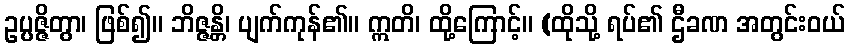
ဥပ္ပဇ္ဇိတွာ၊ ဖြစ်၍။ ဘိဇ္ဇန္တိ၊ ပျက်ကုန်၏။ ဣတိ၊ ထို့ကြောင့်။ (ထိုသို့ ရပ်၏ ဌီခဏ အတွင်းဝယ်